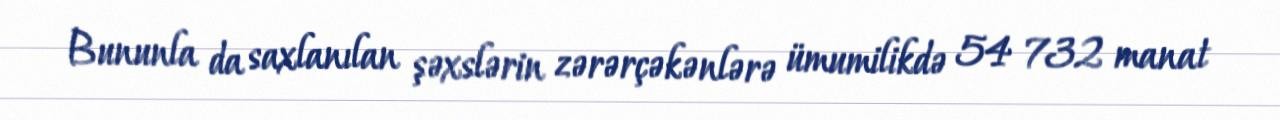
Bununla da saxlanılan şəxslərin zərərçəkənlərə ümumilikdə 54 732 manat